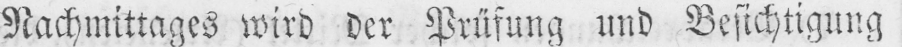
Nachmittages wird der Prüfung und Besichtigung